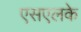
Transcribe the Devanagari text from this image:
एसएलके